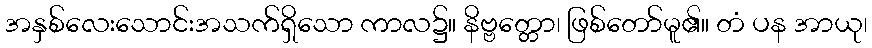
အနှစ်လေးသောင်းအသက်ရှိသော ကာလ၌။ နိဗ္ဗတ္တော၊ ဖြစ်တော်မူ၏။ တံ ပန အာယု၊